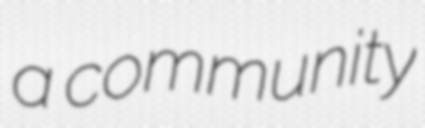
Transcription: a community